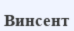
Винсент